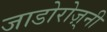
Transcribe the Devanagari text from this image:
जाडोरोज़्नी